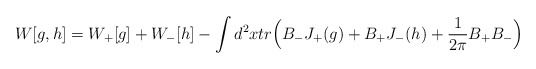
\begin{align*}W[g, h]=W_+[g]+W_-[h] -\int d^2x tr\Big(B_-J_+(g)+B_+J_-(h)+\frac{1}{2\pi}B_+B_-\Big)\end{align*}